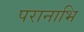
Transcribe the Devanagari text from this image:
परानाभि